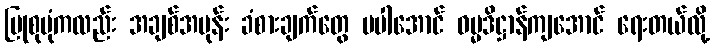
ပြုစုပုံကလည်း အချစ်အမုန်း ခံစားချက်တွေ မပါအောင် ဓမ္မဒိဋ္ဌာန်ကျအောင် ရေးတယ်လို့